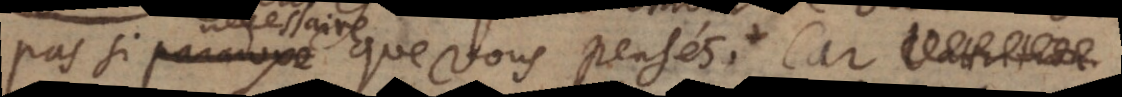
si paradoxe que vous pensés. Car